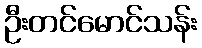
ဦးတင်မောင်သန်း